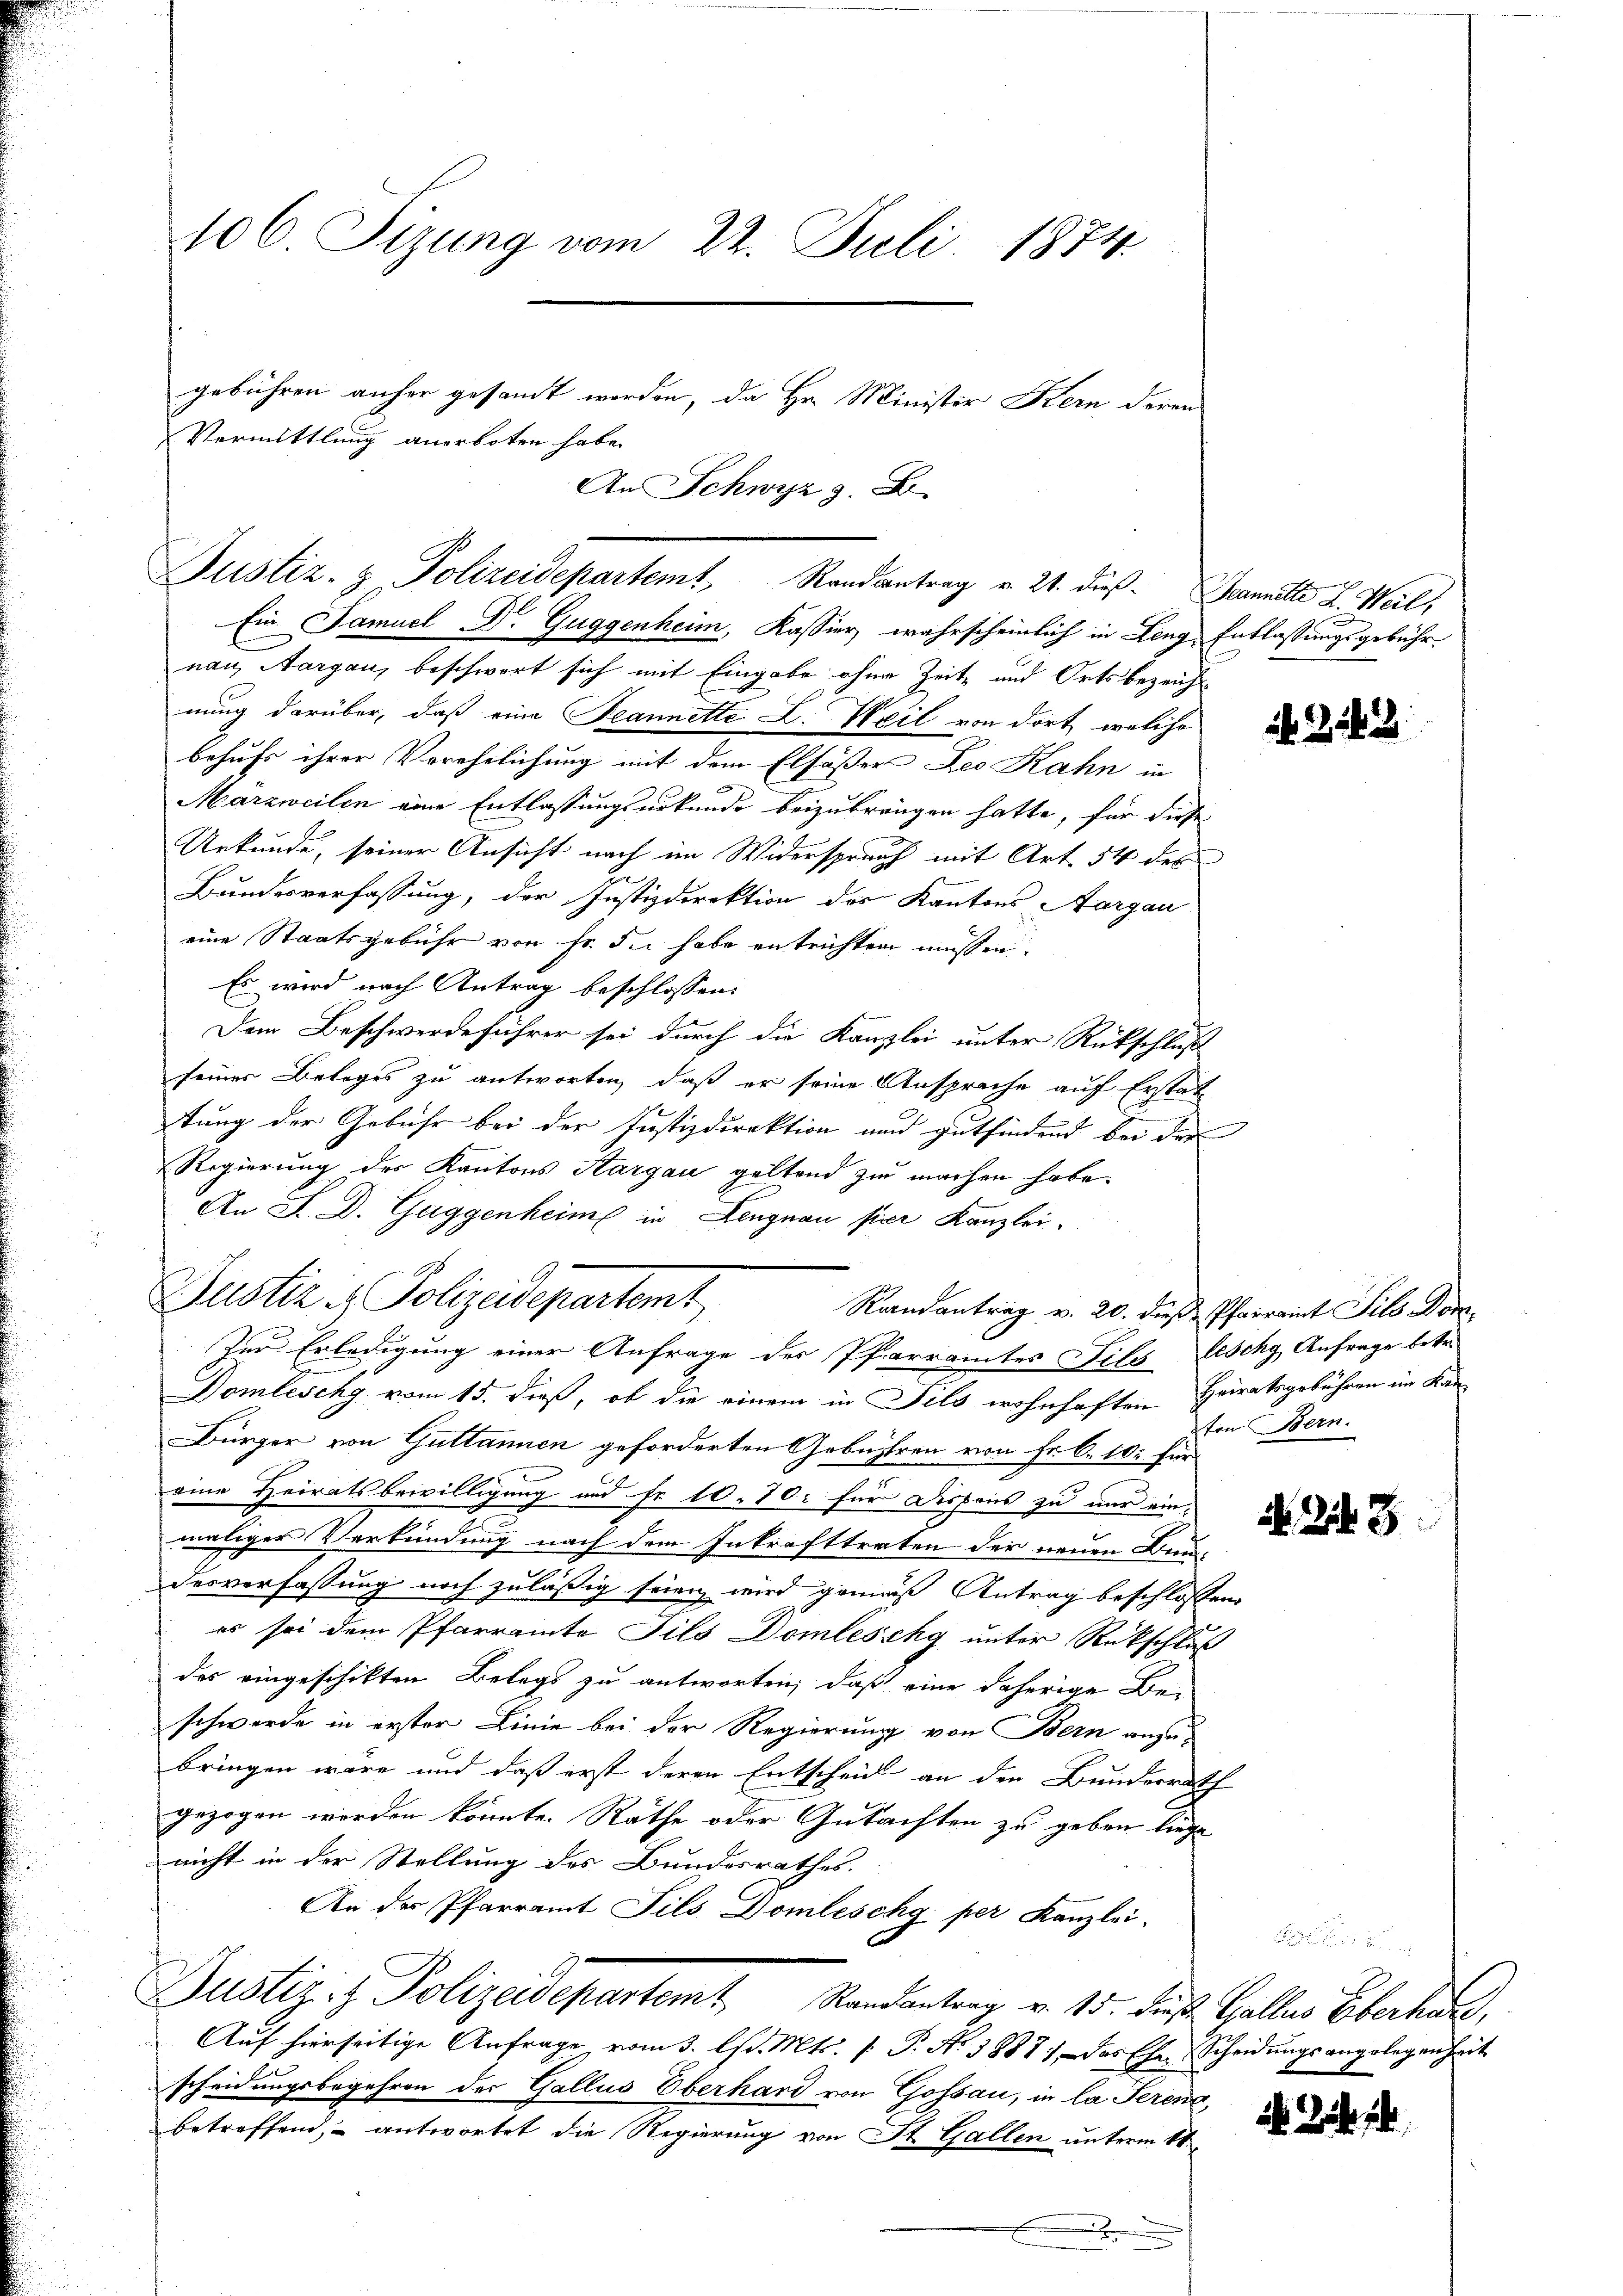
Ein Samuel Dr. Guggenheim, Kassier wahrscheinlich in Leng Entlassungsgebühr
nau, Aargau, beschwert sich mit Eingabe ohne Zeit und Ortsbezeich
nung darüber, daß eine Seannette L. Weil von dort, welche
behufs ihrer Verehelichung mit dem Elfößer Leo Rahn in
Märzweilen eine Entlassungsurkunde beizubringen hatte, für diese
Urkunde, seiner Ansicht nach im Widersprauch mit Art. 54 des
Bundesverfassung, der Justizdirektion des Kantons Aargau
eine Staatsgebühr von Fr. die habe entrichten müssen
Es wird nach Antrag beschlossen:
Dem Beschwerdeführer sei durch die Kanzlei unter Rückschluß
seiner Beleges zu antworten, daß er seine Ansprache auf Erstat
tung der Gebühr bei der Justizdirektion und gutfindend bei der
Regierung des Kantons Aargau geltend zu machen habe.
An P. D. Guggenheime in Lengnau fier Kanzlei-
Randantrag v. 20. dieß Pfarramt Sils Dom
Zur Erledigung einer Anfrage der Pfarramtes Fils Geschy Anfrage betr.
Domleschy vom 15. dieß, ob die einem in Sils wohnhaften Heiratsgebühren im Kan
Bürger von Guttannen geforderten Gebühren von Fr. 6. 10. für
eine Heiratsbewilligung und Fr. 10. 70: für Dispens zu nur einmaliger Verkündung nach dem Inkrafttreten der neuen Bau-
desverfassung noch zuläßig seien wird gemäß Antrag beschlossen,
es sei dem Pfarramte Fils Domleschy unter Rückschluß
des eingeschikten Belegs zu antworten, daß eine daherige Be-
schwerde in erster Linie bei der Regierung von Bern anzubringen wäre und daß erst deren Entscheid an den Bundesrath
gezogen worden könnte. Rathe oder Gutachten zu geben liege
nicht in der Stellung des Bundesrathes.
An der Pfarramt Fils Domlischg per Kanzlei.
Justiz & Polizeidepartemt Standantag v. 15. dieß. Galler Oberkun
Auf hierseitige Anfrage vom 3. Es d. Mts. f. P. Nr. 3888), das Ehe Scheidungsangelegenheit
scheidungsbegehren der Gallis Überhard von Gossau, in la Serena,
betreffend, antwortet die Regierung von St. Gallen unterm 4t
x

106. Sizung vom 22. Juli 1874.
gebühren anfer gesamt worden, da Hr. Minister Kern deren
Vermittlung anerboten habe.

An Schwyz z. B.

Justiz- & Polizeidepartemt Randantrag u. 21. dieß. Beannette L. Weil,

Justiz - Polizeidepartemt

2543

ton Bern.

N 243

ihr